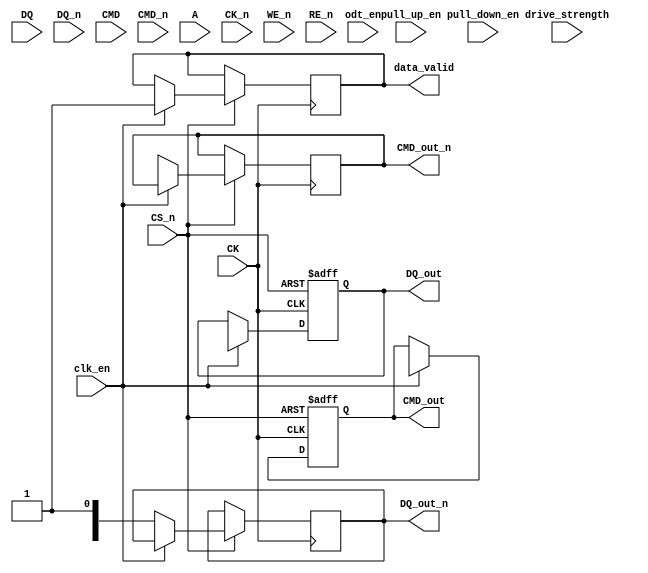
module lpddr2_io_block (
    // Interface Signals
    input  wire [15:0] DQ,       // Data lines
    input  wire [15:0] DQ_n,     // Complementary data lines
    input  wire [2:0] CMD,       // Command lines
    input  wire [2:0] CMD_n,     // Complementary command lines
    input  wire [12:0] A,        // Address lines
    input  wire CK,              // Clock line
    input  wire CK_n,            // Complementary clock line
    input  wire CS_n,            // Chip select
    input  wire WE_n,            // Write enable
    input  wire RE_n,            // Read enable
    output reg [15:0] DQ_out,    // Output data lines
    output reg [2:0] CMD_out,    // Output command lines
    output reg data_valid,        // Data valid signal
    output reg [15:0] DQ_out_n,   // Output complementary data lines
    output reg [2:0] CMD_out_n,   // Output complementary command lines
    input  wire clk_en,           // Clock enable
    input  wire [1:0] drive_strength, // Drive strength configuration
    input  wire odt_en,           // On-die termination enable
    input  wire pull_up_en,       // Pull-up enable
    input  wire pull_down_en       // Pull-down enable
);

// Parameters for drive strength
parameter DRIVE_STRENGTH_LOW = 2'b00;
parameter DRIVE_STRENGTH_MED = 2'b01;
parameter DRIVE_STRENGTH_HIGH = 2'b10;

// Internal signals
reg [15:0] dq_buffer;
reg [2:0] cmd_buffer;
reg [15:0] dq_n_buffer;
reg [2:0] cmd_n_buffer;

// On-die termination logic
always @(*) begin
    if (odt_en) begin
        // Implement ODT logic here
    end
end

// Pull-up/Pull-down logic
always @(*) begin
    if (pull_up_en) begin
        // Implement pull-up logic
    end else if (pull_down_en) begin
        // Implement pull-down logic
    end
end

// Data and command output buffering
always @(posedge CK or negedge CS_n) begin
    if (!CS_n) begin
        DQ_out <= 16'bz; // Tri-state when chip is not selected
        CMD_out <= 3'bz; // Tri-state when chip is not selected
    end else if (clk_en) begin
        // Capture data on rising edge
        DQ_out <= dq_buffer;
        CMD_out <= cmd_buffer;
        data_valid <= 1'b1; // Data is valid
    end else begin
        // Capture data on falling edge
        DQ_out_n <= dq_n_buffer;
        CMD_out_n <= cmd_n_buffer;
    end
end

// Drive strength control
always @(*) begin
    case (drive_strength)
        DRIVE_STRENGTH_LOW: begin
            // Set low drive strength
        end
        DRIVE_STRENGTH_MED: begin
            // Set medium drive strength
        end
        DRIVE_STRENGTH_HIGH: begin
            // Set high drive strength
        end
        default: begin
            // Default drive strength
        end
    endcase
end

// Error detection and correction (simplified)
always @(posedge CK) begin
    // Implement ECC or parity logic here
end

endmodule